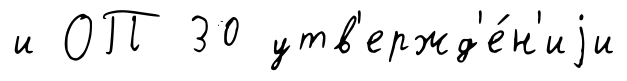
и ОП 30 утв'ержд'е́н'иjи